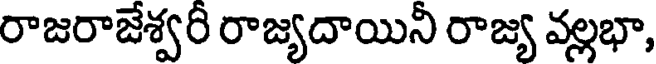
రాజరాజేశ్వరీ రాజ్యదాయినీ రాజ్య వల్లభా,